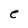
Character: e